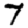
Digit: 7